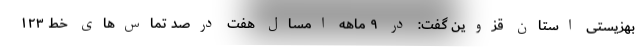
بهزیستی استان قزوین گفت: در ۹ ماهه امسال هفت درصد تماس‌های خط ۱۲۳